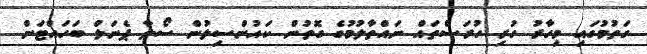
ގަތުމުގައި މިހާރު ހުރި ހުރަސްތައް ނައްތާލުމުގެ ގޮތުން ކައުންސިލުން ސޯލާ ޕެނަލް ބަހައްޓަން